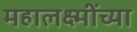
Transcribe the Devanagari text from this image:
महालक्ष्मींच्या